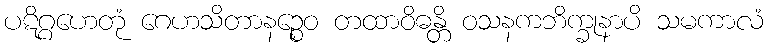
ပဋိဂ္ဂဟေတုံ ဂေဟသိတာနဉ္စေဝ တထာဝိဓန္တိ ဝသနကဘိက္ခုနာပိ သမကာလံ